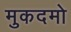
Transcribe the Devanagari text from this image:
मुकदमो